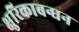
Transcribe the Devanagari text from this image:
क्षुरिकाबन्धन